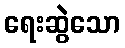
ရေးဆွဲသော